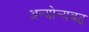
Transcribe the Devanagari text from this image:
अन्योन्यबद्ध